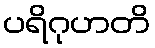
ပရိဂုဟတိ